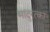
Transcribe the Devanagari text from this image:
मादुरंत्का